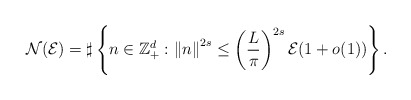
\begin{align*}\mathcal{N}(\mathcal{E}) =\sharp \left\{ n\in {\mathbb Z^d_+}: \left\| n \right\|^{2s}\leq \left(\frac{L}{\pi}\right)^{2s} \mathcal{E} (1+o(1))\right\}. \end{align*}